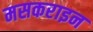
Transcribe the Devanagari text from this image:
मसकराइन